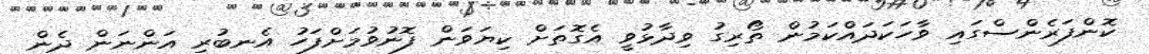
ކޮންފަރެންސްގައި ވާހަކަދައްކަމުން ތޯރިގު ވިދާޅުވީ އެގޮތަށް ކިޔަވަން ފޮނުވުމަށްފަހު އެނބުރި އަންނަން ދެން